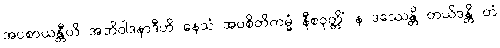
အပစာယန္တီတိ အဘိဝါဒနာဒီဟိ နေသံ အပစိတိကမ္မံ နီစဝုတ္တိံ န ဒဿေန္တိ တယိဒန္တိ တံ